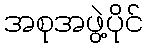
အစုအဖွဲ့ပိုင်